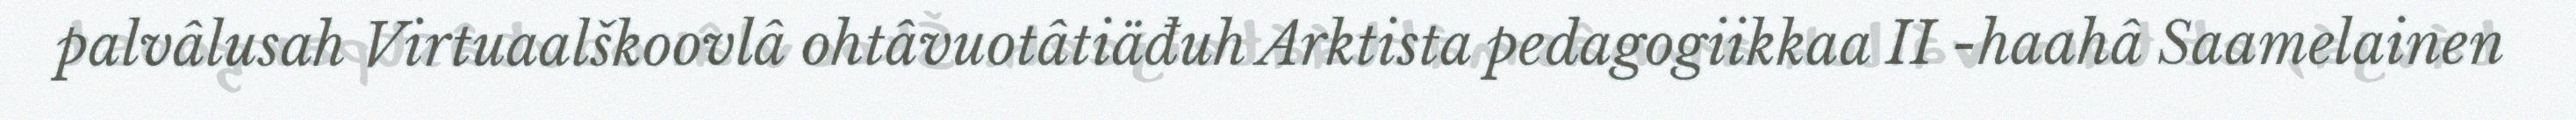
palvâlusah Virtuaalškoovlâ ohtâvuotâtiäđuh Arktista pedagogiikkaa II -haahâ Saamelainen